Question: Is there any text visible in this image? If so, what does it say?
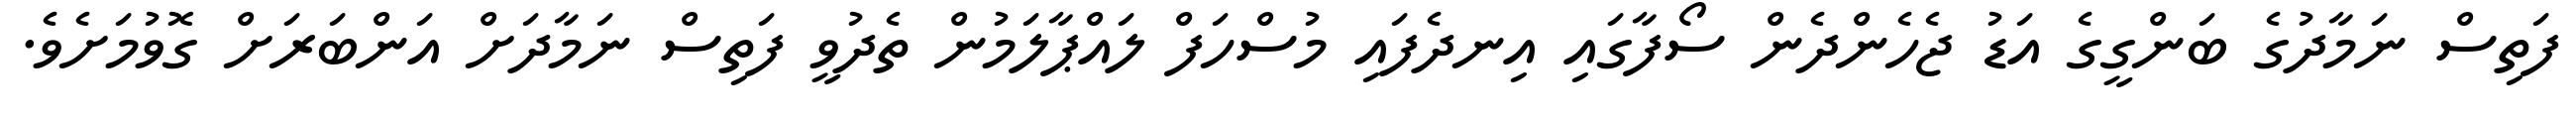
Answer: ފަތިސް ނަމާދުގެ ބަންގީގެ އަޑު ޖެހެންދެން ސޯފާގައި އިނދެފައި މުސްހަފް ލައްޕާލަމުން ތެދުވީ ފަތިސް ނަމާދަށް އަންބަރަށް ގޮވުމަށެވެ.